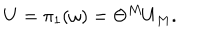
LaTeX: U = \pi _ { 1 } ( \omega ) = \Theta ^ { M } U _ { M } .